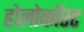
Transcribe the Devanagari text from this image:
होलोकॉस्‍ट